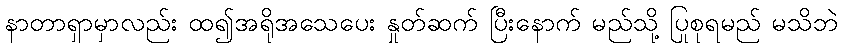
နာတာရှာမှာလည်း ထ၍အရိုအသေပေး နှုတ်ဆက် ပြီးနောက် မည်သို့ ပြုစုရမည် မသိဘဲ